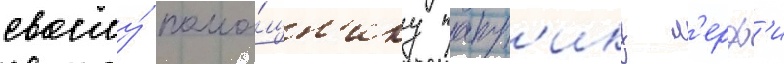
своему́ помо́щн'ику патр'ику м'ерф'и